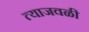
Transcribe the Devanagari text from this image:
त्याजवळी